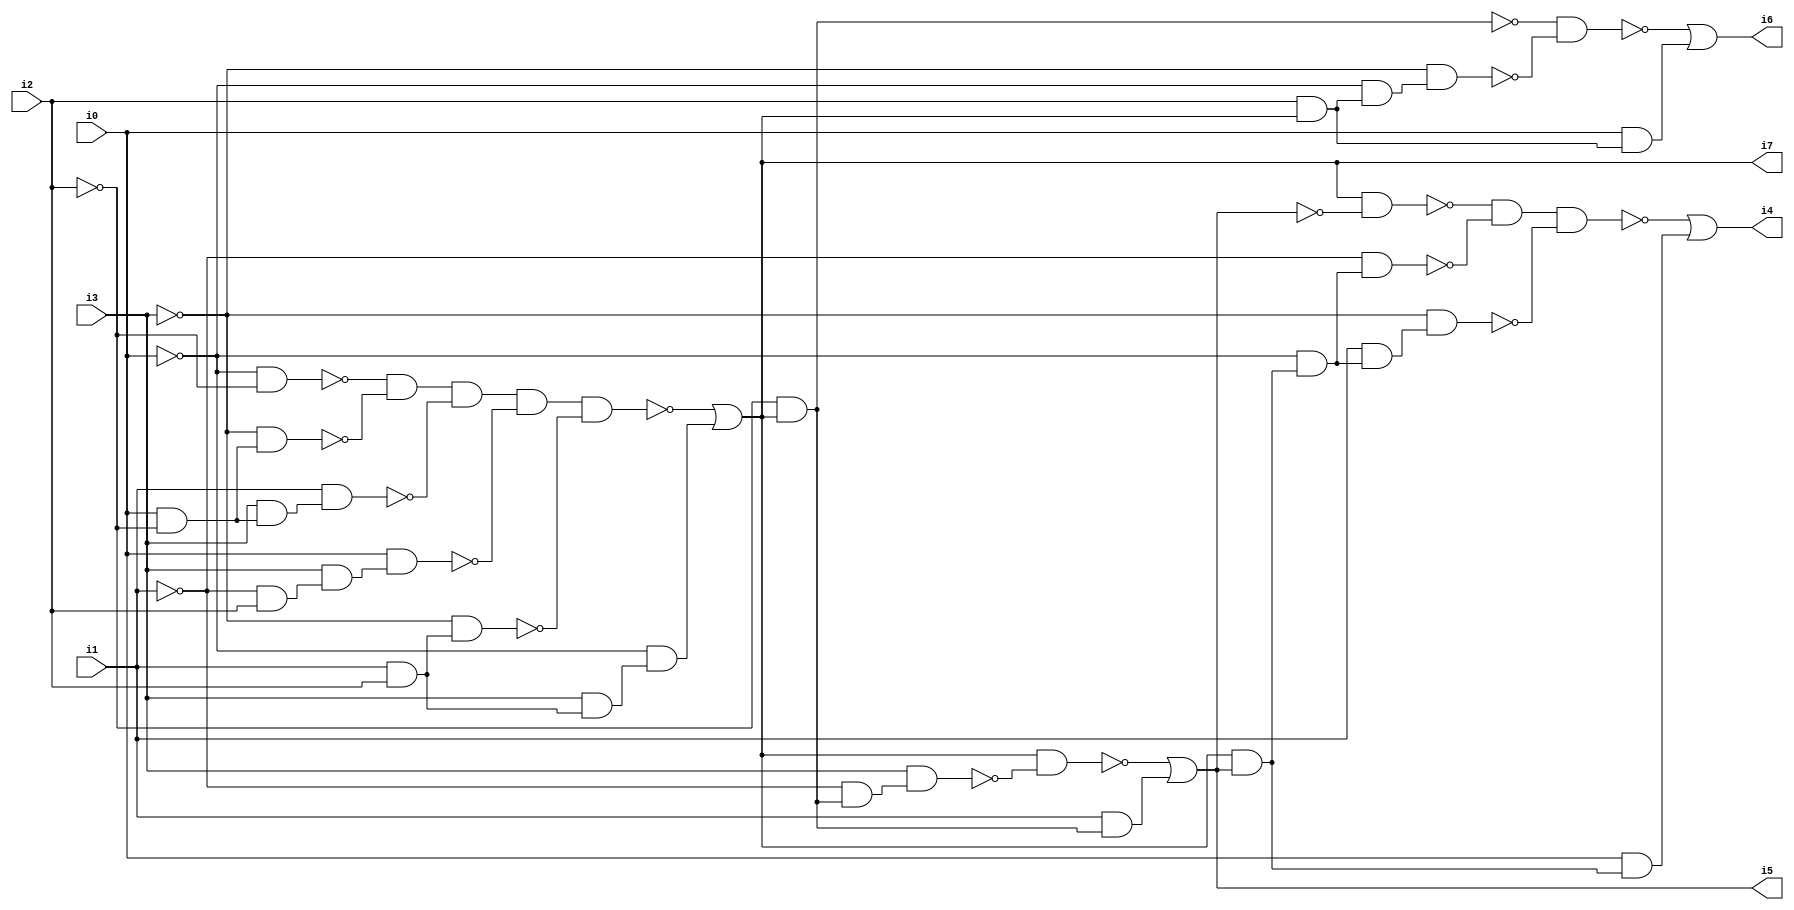
// Benchmark "SKOLEMFORMULA" written by ABC on Mon May  4 05:26:58 2020

module SKOLEMFORMULA ( 
    i0, i1, i2, i3,
    i4, i5, i6, i7  );
  input  i0, i1, i2, i3;
  output i4, i5, i6, i7;
  wire n9, n10, n11, n12, n13, n14, n15, n16, n17, n18, n19, n20, n21, n22,
    n23, n24, n26, n27, n28, n29, n30, n32, n33, n34, n35, n36, n37, n38,
    n39, n40, n42, n43, n44, n45, n46;
  assign n9 = ~i0 & ~i2;
  assign n10 = i0 & ~i2;
  assign n11 = ~i3 & n10;
  assign n12 = ~n9 & ~n11;
  assign n13 = i3 & n10;
  assign n14 = i1 & n13;
  assign n15 = n12 & ~n14;
  assign n16 = ~i1 & i2;
  assign n17 = i3 & n16;
  assign n18 = i0 & n17;
  assign n19 = n15 & ~n18;
  assign n20 = i1 & i2;
  assign n21 = ~i3 & n20;
  assign n22 = n19 & ~n21;
  assign n23 = i3 & n20;
  assign n24 = ~i0 & n23;
  assign i7 = ~n22 | n24;
  assign n26 = ~i2 & i7;
  assign n27 = ~i1 & n26;
  assign n28 = i3 & n27;
  assign n29 = i7 & ~n28;
  assign n30 = i1 & n26;
  assign i5 = ~n29 | n30;
  assign n32 = i7 & ~i5;
  assign n33 = i7 & i5;
  assign n34 = ~i0 & n33;
  assign n35 = ~i1 & n34;
  assign n36 = ~n32 & ~n35;
  assign n37 = i1 & n34;
  assign n38 = ~i3 & n37;
  assign n39 = n36 & ~n38;
  assign n40 = i0 & n33;
  assign i4 = ~n39 | n40;
  assign n42 = i2 & i7;
  assign n43 = ~i0 & n42;
  assign n44 = ~i3 & n43;
  assign n45 = ~n26 & ~n44;
  assign n46 = i0 & n42;
  assign i6 = ~n45 | n46;
endmodule